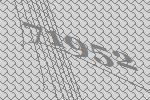
71952